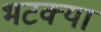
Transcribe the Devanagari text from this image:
भटक्‍या